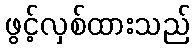
ဖွင့်လှစ်ထားသည်